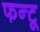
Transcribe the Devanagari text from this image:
फन्टू